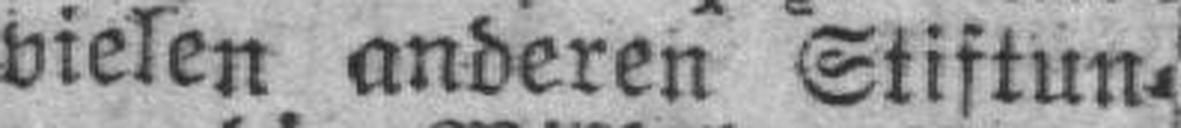
vielen anderen Stiftun¬